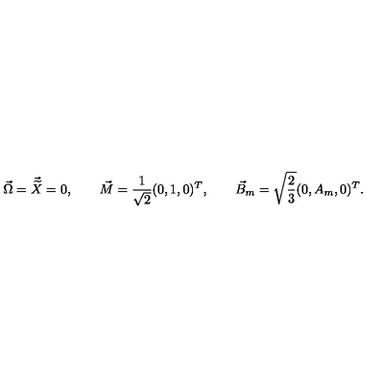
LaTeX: \vec { \Omega } = \vec { \widetilde { X } } = 0 , \qquad \vec { M } = \frac { 1 } { \sqrt { 2 } } ( 0 , 1 , 0 ) ^ { T } , \qquad \vec { B } _ { m } = \sqrt { \frac { 2 } { 3 } } ( 0 , A _ { m } , 0 ) ^ { T } .